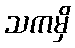
သကမှိ